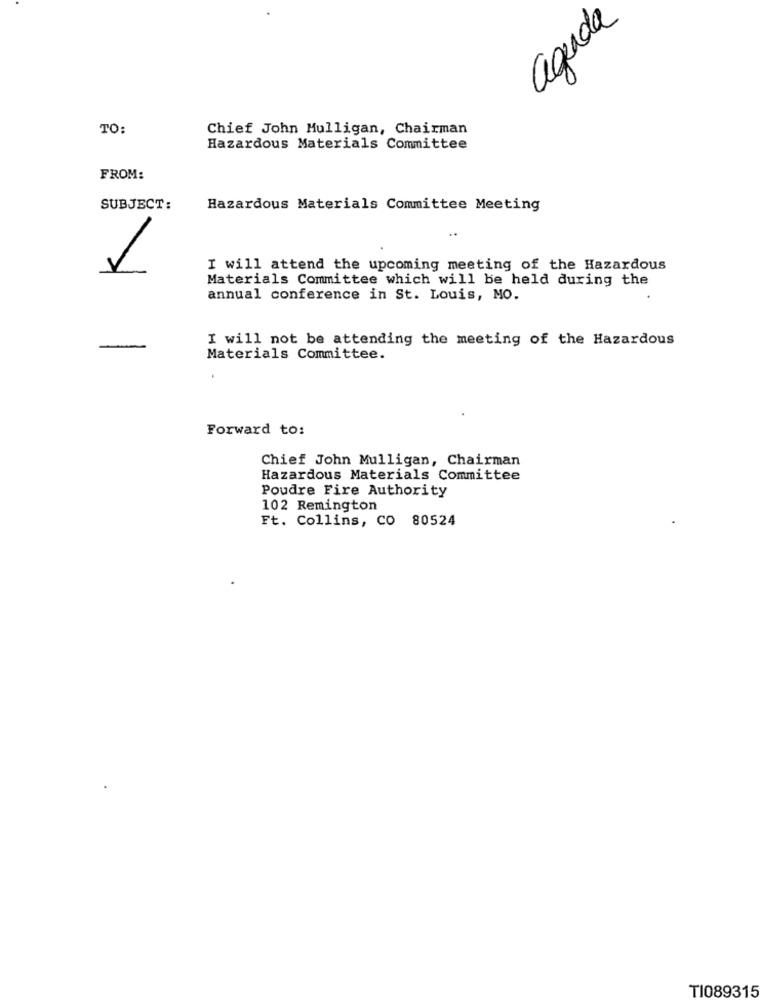
aguda
TO:
Chief John Mulligan, Chairman
Hazardous Materials Committee
FROM:
SUBJECT:
Hazardous Materials Committee Meeting
I will attend the upcoming meeting of the Hazardous
Materials Committee which will be held during the
annual conference in St. Louis, MO.
I will not be attending the meeting of the Hazardous
-
Materials Committee.
Forward to:
Chief John Mulligan, Chairman
Hazardous Materials Committee
Poudre Fire Authority
102 Remington
Ft. Collins, CO 80524
TI089315